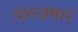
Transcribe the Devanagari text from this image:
दशअषार